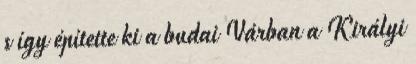
s így építette ki a budai Várban a Királyi